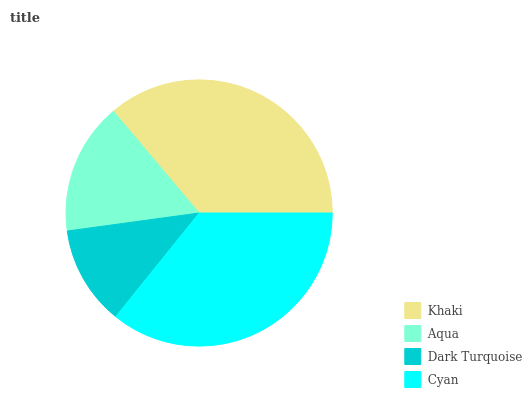
| Khaki | Aqua | Dark Turquoise | Cyan |
 | --- | --- | --- | --- |
 | 36.1% | 16.1% | 12% | 35.8% |